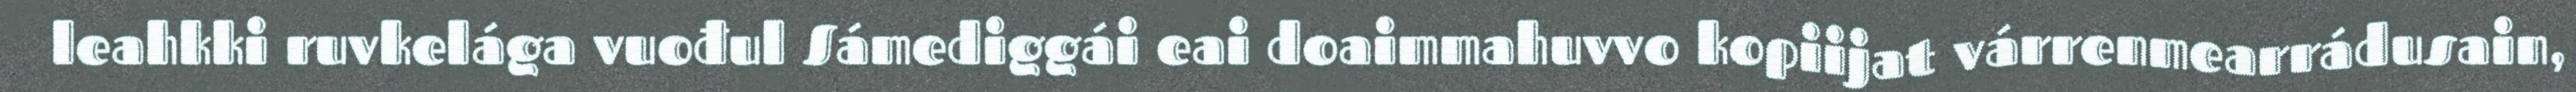
leahkki ruvkelága vuođul Sámediggái eai doaimmahuvvo kopiijat várrenmearrádusain,